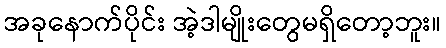
အခုနောက်ပိုင်း အဲ့ဒါမျိုးတွေမရှိတော့ဘူး။